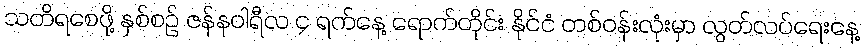
သတိရစေဖို့ နှစ်စဉ် ဇန်နဝါရီလ ၄ ရက်နေ့ ရောက်တိုင်း နိုင်ငံ တစ်ဝန်းလုံးမှာ လွတ်လပ်ရေးနေ့